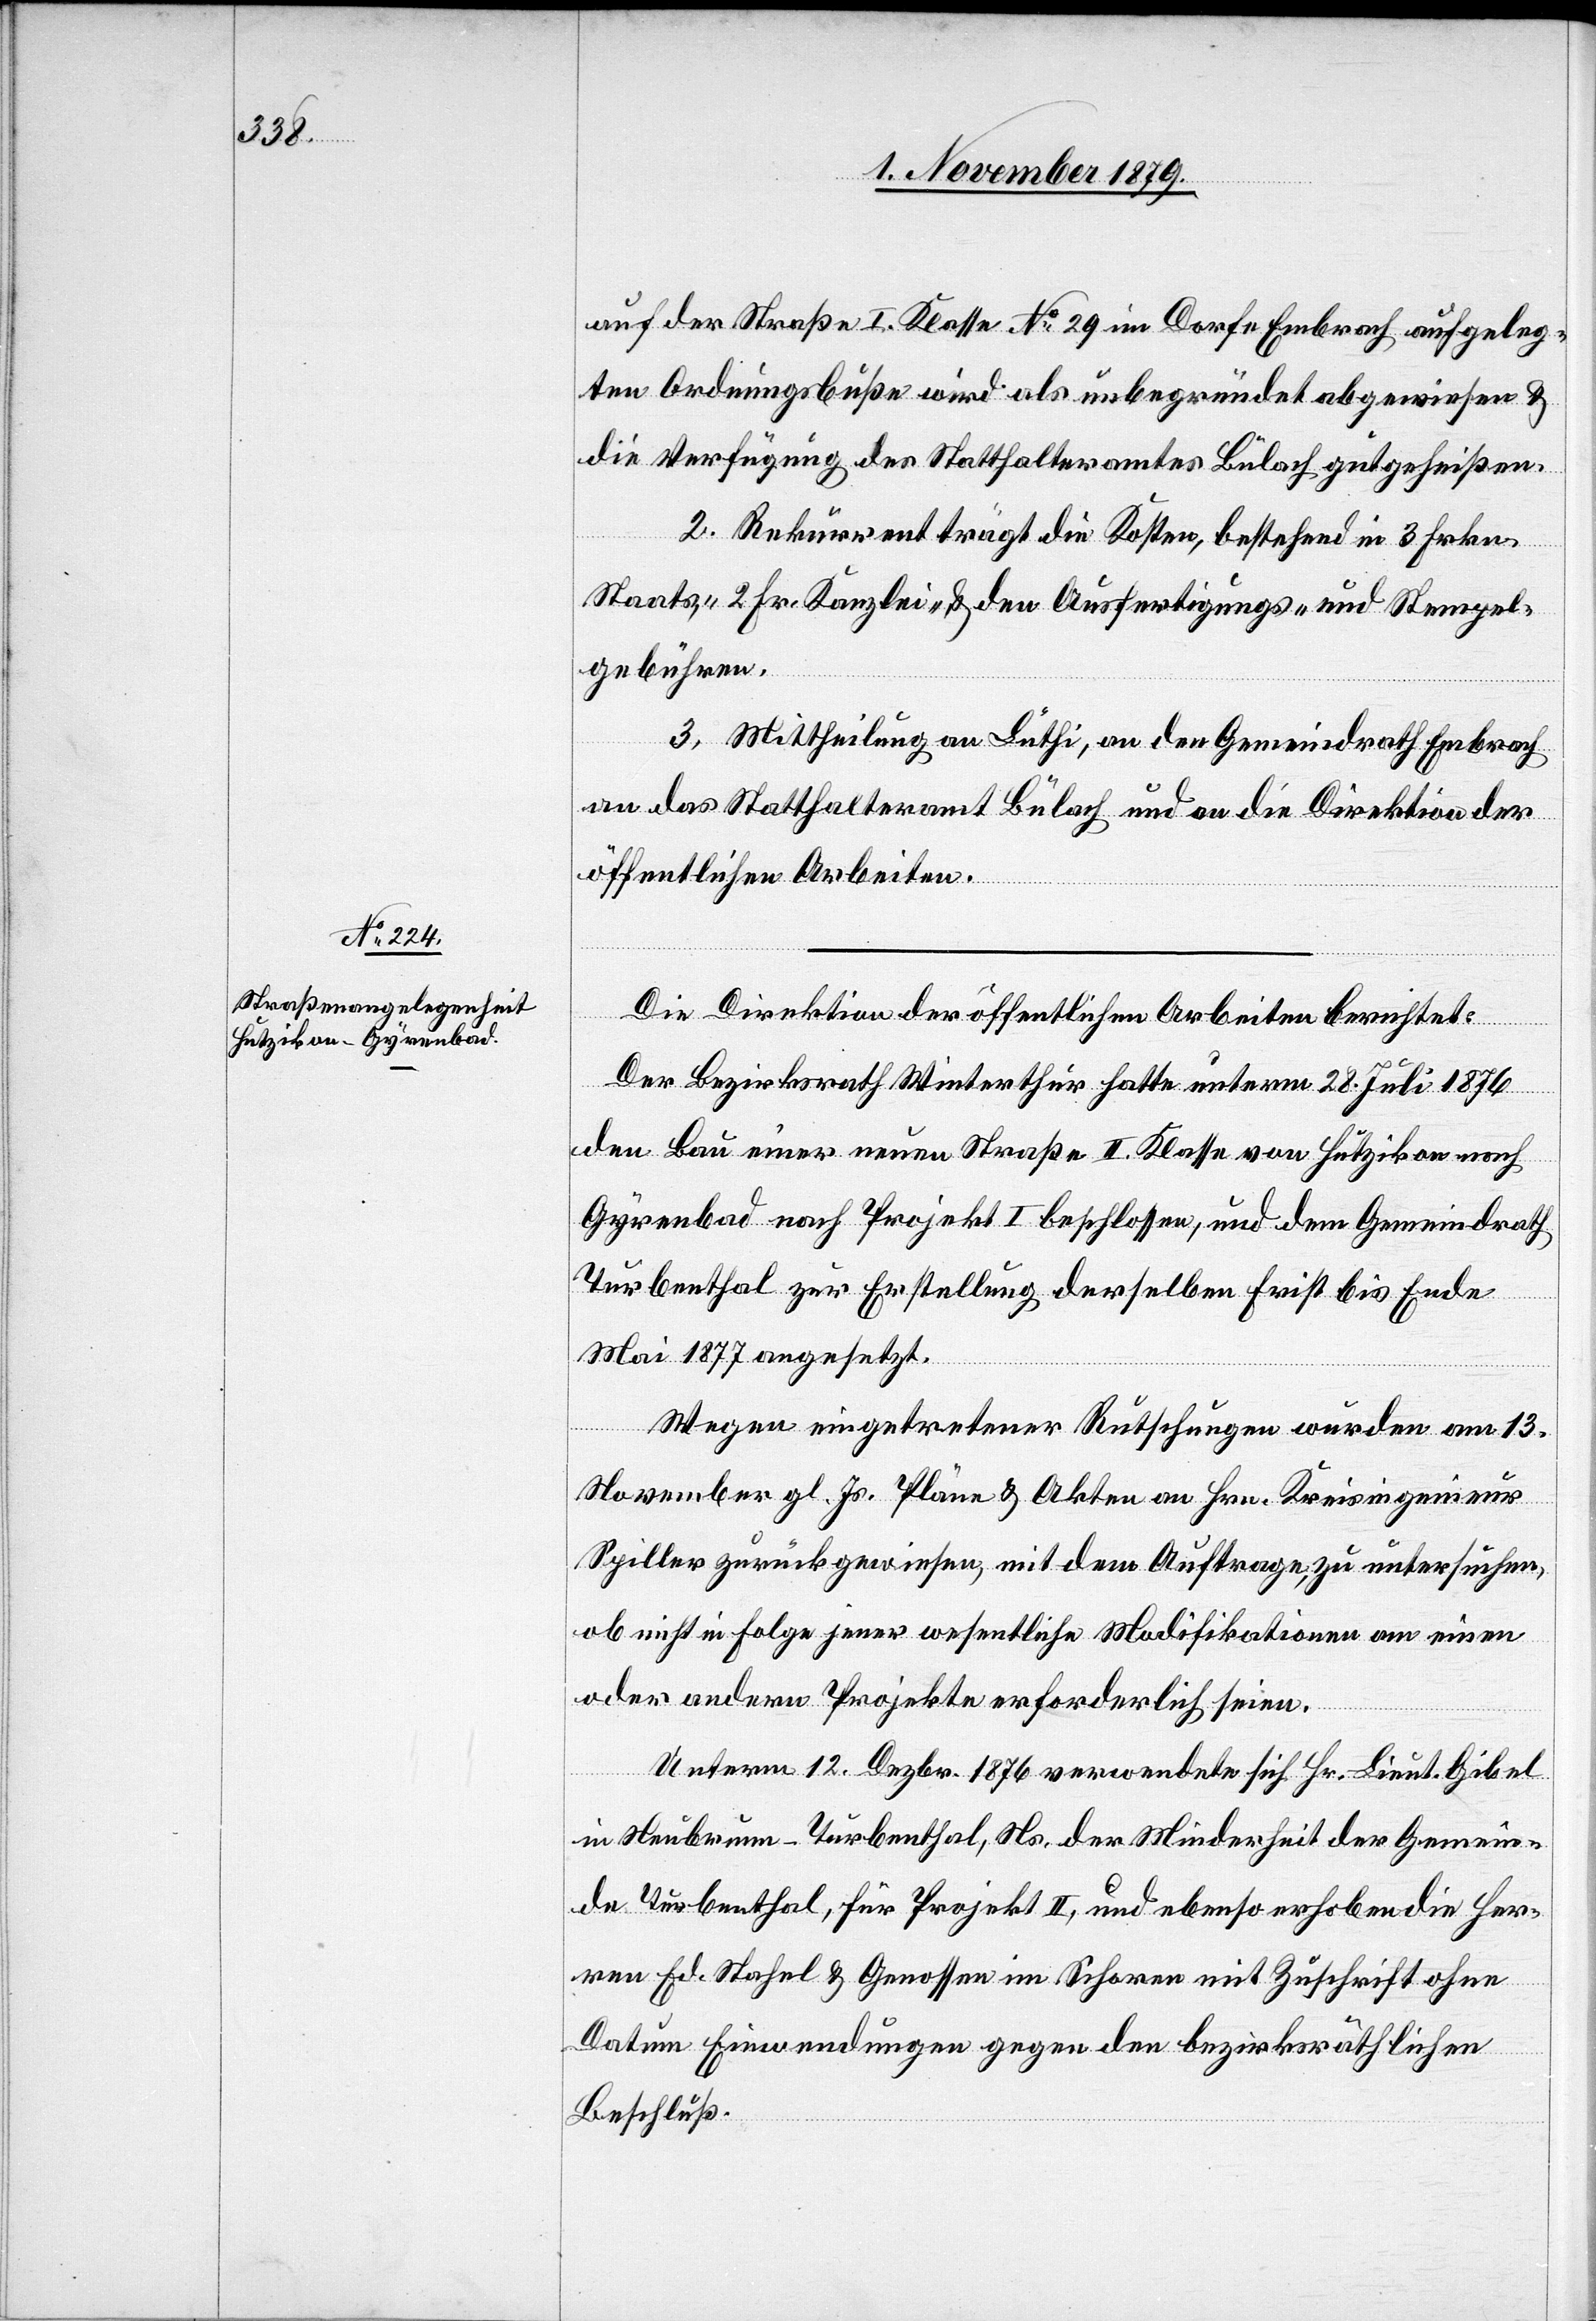
auf der Straße I. Klasse No 29 im Dorfe Embrach aufgeleg¬
ten Ordnungsbuße wird als unbegründet abgewiesen &
die Verfügung des Statthalteramtes Bülach gutgeheißen.
2. Rekurrent trägt die Kosten, bestehend in 3 Frkn
Staats-[,] 2 Fr. Kanzlei- & den Ausfertigungs- und Stempel¬
gebühren.
3. Mittheilung an Lüthi, an den Gemeindrath Embrach,
an das Statthalteramt Bülach und an die Direktion der
öffentlichen Arbeiten.
Die Direktion der öffentlichen Arbeiten berichtet:
Der Bezirksrath Winterthur hatte unterm 28. Juli 1876
den Bau einer neuen Straße II. Klasse von Hutzikon nach
Gyrenbad nach Projekt I beschlossen, und dem Gemeindrath
Turbenthal zur Erstellung derselben Frist bis Ende
Mai 1877 angesetzt.
Wegen eingetretener Rutschungen wurden am 13.
November gl. Js. Pläne & Akten an Hrn. Kreisingenieur
Spiller zurückgewiesen, mit dem Auftrage, zu untersuchen,
ob nicht in Folge jener wesentliche Modifikationen am einen
oder andern Projekte erforderlich seien.
Unterm 12. Dezbr. 1876 verwendete sich Hr. Lieut. Gibel
in Neubrunn - Turbenthal, Ns. der Minderheit der Gemein¬
de Turbenthal, für Projekt II, und ebenso erhoben die Her¬
ren Ed. Stahel & Genossen im Schoren mit Zuschrift ohne
Datum Einwendungen gegen den bezirksräthlichen
Beschluß.